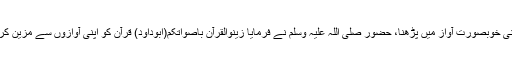
یعنی خوبصورت آواز میں پڑھنا، حضور صلی اللہ علیہ وسلم نے فرمایا زینوالقرآن باصواتکم(ابوداود) قرآن کو اپنی آوازوں سے مزین کرو۔